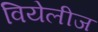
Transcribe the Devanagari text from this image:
वियेलीज